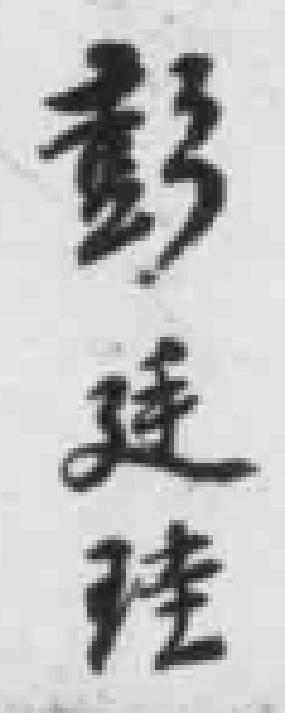
彭廷珪